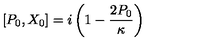
[ P _ { 0 } , X _ { 0 } ] = i \left( 1 - \frac { 2 P _ { 0 } } \kappa \right)